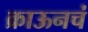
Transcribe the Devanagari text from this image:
क्राऊनचं